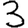
Digit: 3